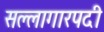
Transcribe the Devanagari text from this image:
सल्लागारपदी